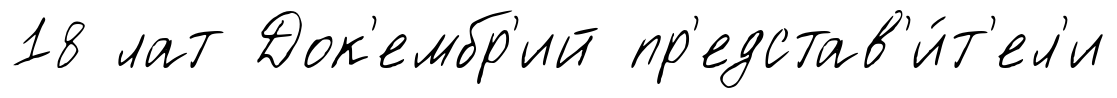
18 лат Док'ембр'ий пр'едстав'и́т'ел'и